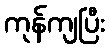
ကုန်ကျပြီး